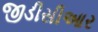
જીડીસીઆર